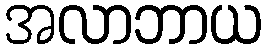
အလာဘာယ